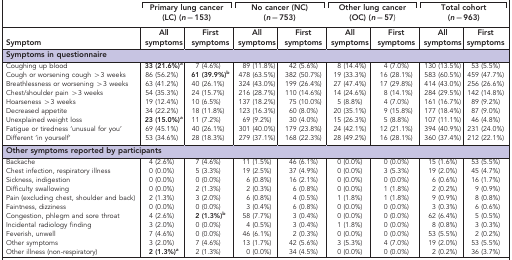
<table><thead><tr><td><b> </b></td><td colspan="2"><b>Primary lung cancer (LC) (<i>n</i>=153)</b></td><td colspan="2"><b>No cancer (NC) (<i>n</i>=753)</b></td><td colspan="2"><b>Other lung cancer(OC) (<i>n</i>=57)</b></td><td colspan="2"><b>Total cohort (<i>n</i>=963)</b></td></tr><tr><td><b>Symptom</b></td><td><b>All symptoms</b></td><td><b>First symptoms</b></td><td><b>All symptoms</b></td><td><b>First symptoms</b></td><td><b>All symptoms</b></td><td><b>First symptoms</b></td><td><b>All symptoms</b></td><td><b>First symptoms</b></td></tr></thead><tbody><tr><td colspan="9"><b>Symptoms in questionnaire</b></td></tr><tr><td>Coughing up blood</td><td><b>33 (21.6%)</b>a</td><td>7 (4.6%)</td><td>89 (11.8%)</td><td>42 (5.6%)</td><td>8 (14.4%)</td><td>4 (7.0%)</td><td>130 (13.5%)</td><td>53 (5.5%)</td></tr><tr><td>Cough or worsening cough &gt;3 weeks</td><td>86 (56.2%)</td><td><b>61 (39.9%)</b>b</td><td>478 (63.5%)</td><td>382 (50.7%)</td><td>19 (33.3%)</td><td>16 (28.1%)</td><td>583 (60.5%)</td><td>459 (47.7%)</td></tr><tr><td>Breathlessness or worsening &gt;3 weeks</td><td>63 (41.2%)</td><td>40 (26.1%)</td><td>324 (43.0%)</td><td>199 (26.4%)</td><td>27 (47.4%)</td><td>17 (29.8%)</td><td>414 (43.0%)</td><td>256 (26.6%)</td></tr><tr><td>Chest/shoulder pain &gt;3 weeks</td><td>54 (35.3%)</td><td>24 (15.7%)</td><td>216 (28.7%)</td><td>110 (14.6%)</td><td>14 (24.6%)</td><td>8 (14.1%)</td><td>284 (29.5%)</td><td>142 (14.8%)</td></tr><tr><td>Hoarseness &gt;3 weeks</td><td>19 (12.4%)</td><td>10 (6.5%)</td><td>137 (18.2%)</td><td>75 (10.0%)</td><td>5 (8.8%)</td><td>4 (7.0%)</td><td>161 (16.7%)</td><td>89 (9.2%)</td></tr><tr><td>Decreased appetite</td><td>34 (22.2%)</td><td>18 (11.8%)</td><td>123 (16.3%)</td><td>60 (8.0%)</td><td>20 (35.1%)</td><td>9 (15.8%)</td><td>177 (18.4%)</td><td>87 (9.0%)</td></tr><tr><td>Unexplained weight loss</td><td><b>23 (15.0%)</b>a</td><td>11 (7.2%)</td><td>69 (9.2%)</td><td>30 (4.0%)</td><td>15 (26.3%)</td><td>5 (8.8%)</td><td>107 (11.1%)</td><td>46 (4.8%)</td></tr><tr><td>Fatigue or tiredness ‘unusual for you&#x27;</td><td>69 (45.1%)</td><td>40 (26.1%)</td><td>301 (40.0%)</td><td>179 (23.8%)</td><td>24 (42.1%)</td><td>12 (21.1%)</td><td>394 (40.9%)</td><td>231 (24.0%)</td></tr><tr><td>Different ‘in yourself&#x27;</td><td>53 (34.6%)</td><td>28 (18.3%)</td><td>279 (37.1%)</td><td>168 (22.3%)</td><td>28 (49.2%)</td><td>16 (28.1%)</td><td>360 (37.4%)</td><td>212 (22.1%)</td></tr><tr><td colspan="9"><b>Other symptoms reported by participants</b></td></tr><tr><td>Backache</td><td>4 (2.6%)</td><td>7 (4.6%)</td><td>11 (1.5%)</td><td>46 (6.1%)</td><td>0 (0.0%)</td><td>0 (0.0%)</td><td>15 (1.6%)</td><td>53 (5.5%)</td></tr><tr><td>Chest infection, respiratory illness</td><td>0 (0.0%)</td><td>5 (3.3%)</td><td>19 (2.5%)</td><td>37 (4.9%)</td><td>0 (0.0%)</td><td>3 (5.3%)</td><td>19 (2.0%)</td><td>45 (4.7%)</td></tr><tr><td>Sickness, indigestion</td><td>0 (0.0%)</td><td>0 (0.0%)</td><td>6 (0.8%)</td><td>16 (2.1%)</td><td>0 (0.0%)</td><td>0 (0.0%)</td><td>6 (0.6%)</td><td>16 (1.7%)</td></tr><tr><td>Difficulty swallowing</td><td>0 (0.0%)</td><td>2 (1.3%)</td><td>2 (0.3%)</td><td>6 (0.8%)</td><td>0 (0.0%)</td><td>1 (1.8%)</td><td>2 (0.2%)</td><td>9 (0.9%)</td></tr><tr><td>Pain (excluding chest, shoulder and back)</td><td>2 (1.3%)</td><td>3 (2.0%)</td><td>6 (0.8%)</td><td>4 (0.5%)</td><td>1 (1.8%)</td><td>1 (1.8%)</td><td>9 (0.9%)</td><td>8 (0.8%)</td></tr><tr><td>Faintness, dizziness</td><td>0 (0.0%)</td><td>0 (0.0%)</td><td>3 (0.4%)</td><td>6 (0.8%)</td><td>0 (0.0%)</td><td>0 (0.0%)</td><td>3 (0.3%)</td><td>6 (0.6%)</td></tr><tr><td>Congestion, phlegm and sore throat</td><td>4 (2.6%)</td><td><b>2 (1.3%)</b>b</td><td>58 (7.7%)</td><td>3 (0.4%)</td><td>0 (0.0%)</td><td>0 (0.0%)</td><td>62 (6.4%)</td><td>5 (0.5%)</td></tr><tr><td>Incidental radiology finding</td><td>3 (2.0%)</td><td>0 (0.0%)</td><td>4 (0.5%)</td><td>3 (0.4%)</td><td>1 (1.8%)</td><td>0 (0.0%)</td><td>8 (0.8%)</td><td>3 (0.3%)</td></tr><tr><td>Feverish, unwell</td><td>7 (4.6%)</td><td>0 (0.0%)</td><td>46 (6.1%)</td><td>2 (0.3%)</td><td>0 (0.0%)</td><td>0 (0.0%)</td><td>53 (5.5%)</td><td>2 (0.2%)</td></tr><tr><td>Other symptoms</td><td>3 (2.0%)</td><td>7 (4.6%)</td><td>13 (1.7%)</td><td>42 (5.6%)</td><td>3 (5.3%)</td><td>4 (7.0%)</td><td>19 (2.0%)</td><td>53 (5.5%)</td></tr><tr><td>Other illness (non-respiratory)</td><td><b>2 (1.3%)</b>a</td><td>2 (1.3%)</td><td>0 (0.0%)</td><td>34 (4.5%)</td><td>0 (0.0%)</td><td>0 (0.0%)</td><td>2 (0.2%)</td><td>36 (3.7%)</td></tr></tbody></table>